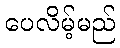
ပေလိမ့်မည်